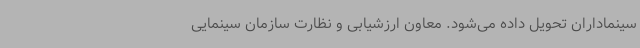
سینماداران تحویل داده می‌شود. معاون ارزشیابی و نظارت سازمان سینمایی